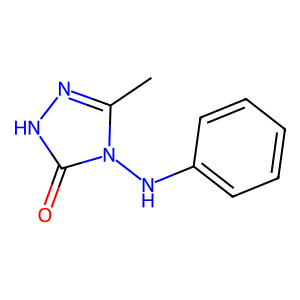
SMILES: Cc1n[nH]c(=O)n1Nc1ccccc1
Inhibits HIV replication: No